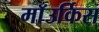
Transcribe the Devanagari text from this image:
माॅउर्किस